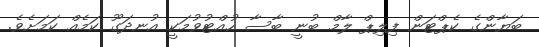
ބަޔާންގެ ކެޕްޓަން ފިިލިޕް ލާމް ބުނީ ބާސާ ހުއްޓުވުމަކީ އުނދަގޫ ކަމެއް ކަމަށެވެ.